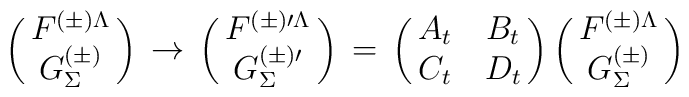
\left(\matrix{ F^{(\pm)\Lambda} \cr G_{\Sigma}^{(\pm)}}\right)\,\rightarrow \,\left(\matrix{ F^{(\pm)\prime\Lambda} \cr G^{(\pm)\prime}_{\Sigma}} \right)\, =\, \left(\matrix{ A_t & B_t \cr C_t & D_t } \right)\left(\matrix{ F^{(\pm)\Lambda}\cr G_{\Sigma}^{(\pm)}} \right)